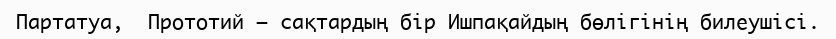
Партатуа,  Прототий – сақтардың бір Ишпақайдың бөлігінің билеушісі.